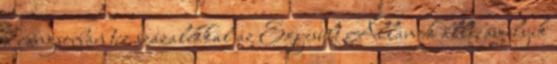
a rangsorban tíz százalékkal az Egyesült Államok állt, amelyik